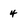
Character: 4